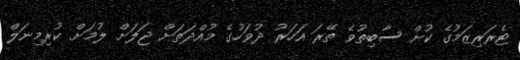
ޓެރަރިޒަމުގެ ކުށް ސާބިތުވެ ތޭރަ އަހަރު ދުވަހުގެ މުއްދަތަށް ޖަލަށް ލުމަށް ކުރިމިނަލް